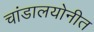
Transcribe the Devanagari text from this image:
चांडालयोनीत